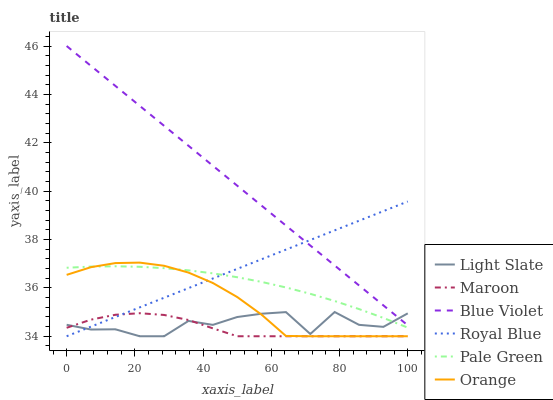
| xaxis_label | Light Slate | Maroon | Blue Violet | Royal Blue | Pale Green | Orange |
 | --- | --- | --- | --- | --- | --- | --- |
 | 0 | 34.5 | 34.3 | 46 | 34 | 36.8 | 36.5 |
 | 7.14 | 34.3 | 34.7 | 45.2 | 34.4 | 36.9 | 36.9 |
 | 14.3 | 34.3 | 34.9 | 44.4 | 34.8 | 36.9 | 37 |
 | 21.4 | 34 | 35 | 43.5 | 35.2 | 36.9 | 37 |
 | 28.6 | 34 | 34.9 | 42.7 | 35.6 | 36.8 | 36.9 |
 | 35.7 | 34.6 | 34.7 | 41.9 | 36 | 36.7 | 36.6 |
 | 42.9 | 34.5 | 34.3 | 41.1 | 36.4 | 36.6 | 36.2 |
 | 50 | 34.8 | 34 | 40.2 | 36.8 | 36.4 | 35.6 |
 | 57.1 | 34.9 | 34 | 39.4 | 37.2 | 36.2 | 34.9 |
 | 64.3 | 35 | 34 | 38.6 | 37.6 | 36 | 34 |
 | 71.4 | 34.1 | 34 | 37.8 | 38 | 35.8 | 34 |
 | 78.6 | 35 | 34 | 36.9 | 38.4 | 35.5 | 34 |
 | 85.7 | 34.5 | 34 | 36.1 | 38.8 | 35.1 | 34 |
 | 92.9 | 34.4 | 34 | 35.3 | 39.2 | 34.8 | 34 |
 | 100 | 34.9 | 34 | 34.5 | 39.6 | 34.4 | 34 |